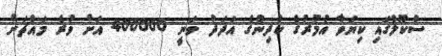
ސްކޫލްގައި ކިޔަވާ އުމުރުގެ ކުދިންގެ އަދަދު ވަނީ 400000 އަށް ވުރެ މައްޗަށް